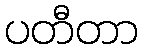
ပတီတာ